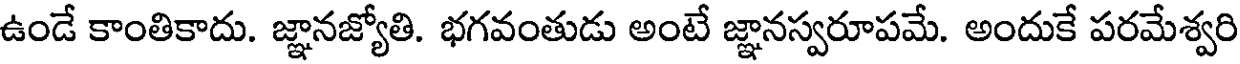
ఉండే కాంతికాదు. జ్ఞానజ్యోతి. భగవంతుడు అంటే జ్ఞానస్వరూపమే. అందుకే పరమేశ్వరి